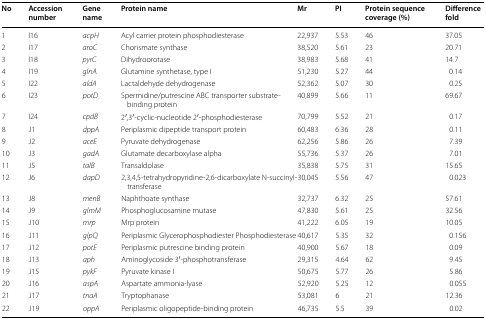
<table><thead><tr><td><b>No</b></td><td><b>Accession number</b></td><td><b>Gene name</b></td><td><b>Protein name</b></td><td><b>Mr</b></td><td><b>PI</b></td><td><b>Protein sequence coverage (%)</b></td><td><b>Difference fold</b></td></tr></thead><tbody><tr><td>1</td><td>I16</td><td><i>acpH</i></td><td>Acyl carrier protein phosphodiesterase</td><td>22,937</td><td>5.53</td><td>46</td><td>37.05</td></tr><tr><td>2</td><td>I17</td><td><i>aroC</i></td><td>Chorismate synthase</td><td>38,520</td><td>5.61</td><td>23</td><td>20.71</td></tr><tr><td>3</td><td>I18</td><td><i>pyrC</i></td><td>Dihydroorotase</td><td>38,983</td><td>5.68</td><td>41</td><td>14.7</td></tr><tr><td>4</td><td>I19</td><td><i>glnA</i></td><td>Glutamine synthetase, type I</td><td>51,230</td><td>5.27</td><td>44</td><td>0.14</td></tr><tr><td>5</td><td>I22</td><td><i>aldA</i></td><td>Lactaldehyde dehydrogenase</td><td>52,362</td><td>5.07</td><td>30</td><td>0.25</td></tr><tr><td>6</td><td>I23</td><td><i>potD</i></td><td>Spermidine/putrescine ABC transporter substrate-binding protein</td><td>40,899</td><td>5.66</td><td>11</td><td>69.67</td></tr><tr><td>7</td><td>I24</td><td><i>cpdB</i></td><td>2′,3′-cyclic-nucleotide 2′-phosphodiesterase</td><td>70,799</td><td>5.52</td><td>21</td><td>0.17</td></tr><tr><td>8</td><td>J1</td><td><i>dppA</i></td><td>Periplasmic dipeptide transport protein</td><td>60,483</td><td>6.36</td><td>28</td><td>0.11</td></tr><tr><td>9</td><td>J2</td><td><i>aceE</i></td><td>Pyruvate dehydrogenase</td><td>62,256</td><td>5.86</td><td>26</td><td>7.39</td></tr><tr><td>10</td><td>J3</td><td><i>gadA</i></td><td>Glutamate decarboxylase alpha</td><td>55,736</td><td>5.37</td><td>26</td><td>7.01</td></tr><tr><td>11</td><td>J5</td><td><i>talB</i></td><td>Transaldolase</td><td>35,838</td><td>5.75</td><td>31</td><td>15.65</td></tr><tr><td>12</td><td>J6</td><td><i>dapD</i></td><td>2,3,4,5-tetrahydropyridine-2,6-dicarboxylate N-succinyltransferase</td><td>30,045</td><td>5.56</td><td>47</td><td>0.023</td></tr><tr><td>13</td><td>J8</td><td><i>menB</i></td><td>Naphthoate synthase</td><td>32,737</td><td>6.32</td><td>25</td><td>57.61</td></tr><tr><td>14</td><td>J9</td><td><i>glmM</i></td><td>Phosphoglucosamine mutase</td><td>47,830</td><td>5.61</td><td>25</td><td>32.56</td></tr><tr><td>15</td><td>J10</td><td><i>mrp</i></td><td>Mrp protein</td><td>41,222</td><td>6.05</td><td>19</td><td>10.05</td></tr><tr><td>16</td><td>J11</td><td><i>glpQ</i></td><td>Periplasmic Glycerophosphodiester Phosphodiesterase</td><td>40,617</td><td>5.35</td><td>32</td><td>0.156</td></tr><tr><td>17</td><td>J12</td><td><i>potE</i></td><td>Periplasmic putrescine binding protein</td><td>40,900</td><td>5.67</td><td>18</td><td>0.09</td></tr><tr><td>18</td><td>J13</td><td><i>aph</i></td><td>Aminoglycoside 3′-phosphotransferase</td><td>29,315</td><td>4.64</td><td>62</td><td>9.45</td></tr><tr><td>19</td><td>J15</td><td><i>pykF</i></td><td>Pyruvate kinase I</td><td>50,675</td><td>5.77</td><td>26</td><td>5.86</td></tr><tr><td>20</td><td>J16</td><td><i>aspA</i></td><td>Aspartate ammonia-lyase</td><td>52,920</td><td>5.25</td><td>12</td><td>0.055</td></tr><tr><td>21</td><td>J17</td><td><i>tnaA</i></td><td>Tryptophanase</td><td>53,081</td><td>6</td><td>21</td><td>12.36</td></tr><tr><td>22</td><td>J19</td><td><i>oppA</i></td><td>Periplasmic oligopeptide-binding protein</td><td>46,735</td><td>5.5</td><td>39</td><td>0.02</td></tr></tbody></table>